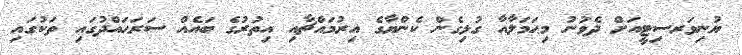
ޔުނިވަރސިޓީއަށް ދެވުނު މިޙަމަލާއާ ގުޅިގެން ކެންޔާގެ އިރުމައްޗާއި އިތުރުގެ ބައެއް ސަރަޙައްދުގައި ތަކުގައި